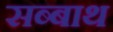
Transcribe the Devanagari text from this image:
सब्‍बाथ